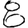
Digit: 8